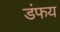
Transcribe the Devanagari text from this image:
डंफय